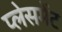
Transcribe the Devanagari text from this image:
प्‍लेसमेंट